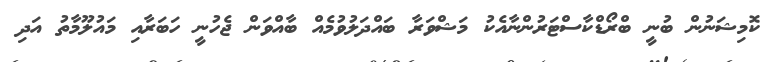
ކޮމިޝަނުން ބުނީ ބްރޯޑްކާސްޓަރުންނާއެކު މަޝްވަރާ ބައްދަލުވުމެއް ބާއްވަން ޖެހުނީ ހަބަރާއި މައުލޫމާތު އަދި